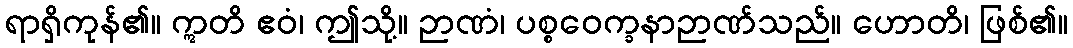
ရာရှိကုန်၏။ ဣတိ ဧဝံ၊ ဤသို့။ ဉာဏံ၊ ပစ္စဝေက္ခနာဉာဏ်သည်။ ဟောတိ၊ ဖြစ်၏။